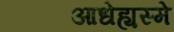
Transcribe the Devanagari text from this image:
आधेह्यस्मे